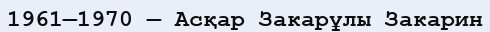
1961—1970 — Асқар Закарұлы Закарин